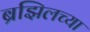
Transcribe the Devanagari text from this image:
ब्रझिलच्या